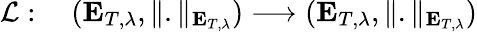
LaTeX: \begin{array}{rl}{\mathcal{L}:\; }&{{}(\mathbf{E}_{T,\lambda},\Vert.\Vert_{\mathbf{E}_{T,\lambda}})\longrightarrow(\mathbf{E}_{T,\lambda},\Vert.\Vert_{\mathbf{E}_{T,\lambda}})}\end{array}